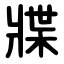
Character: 牃